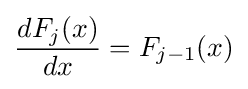
{\frac {dF_{j}(x)}{dx}}=F_{j-1}(x)